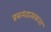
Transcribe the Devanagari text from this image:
प्रबन्धात्मकता